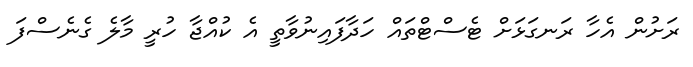
ރަށުން އެހާ ރަނގަޅަށް ޓެސްޓްތައް ހަދާފައިނުވާތީ އެ ކުއްޖާ ހުރީ މާލެ ގެނެސްފަ